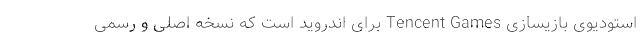
استودیوی بازیسازی Tencent Games برای اندروید است که نسخه اصلی و رسمی